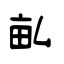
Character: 畆